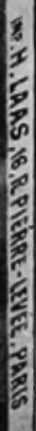
H.LAAS.16.R PIERRE LIVEE.PARIS